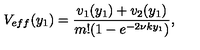
V _ { e f f } ( y _ { 1 } ) = \frac { v _ { 1 } ( y _ { 1 } ) + v _ { 2 } ( y _ { 1 } ) } { m ! ( 1 - e ^ { - 2 \nu k y _ { 1 } } ) } ,